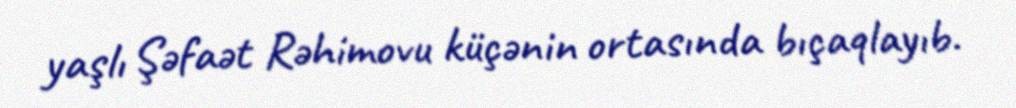
yaşlı Şəfaət Rəhimovu küçənin ortasında bıçaqlayıb.